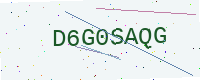
Text: D6G0SAQG